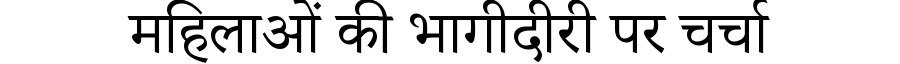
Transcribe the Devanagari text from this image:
महिलाओं की भागीदीरी पर चर्चा